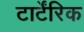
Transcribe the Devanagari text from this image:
टार्टेंरिक